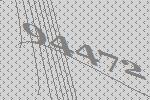
94472